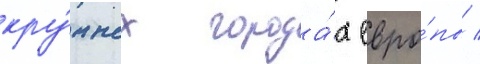
кру́пных города́х евро́пы /